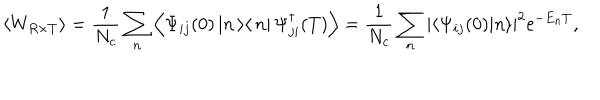
LaTeX: \left< W _ { R \times T } \right> = \frac { 1 } { N _ { c } } \sum _ { n } ^ { } \left< \Psi _ { i j } ( 0 ) \left| n \left> \right< n \right| \Psi _ { j i } ^ { \dagger } ( T ) \right> = \frac { 1 } { N _ { c } } \sum _ { n } ^ { } \left| \left< \Psi _ { i j } ( 0 ) | n \right> \right| ^ { 2 } \mathrm { e } ^ { - E _ { n } T } ,